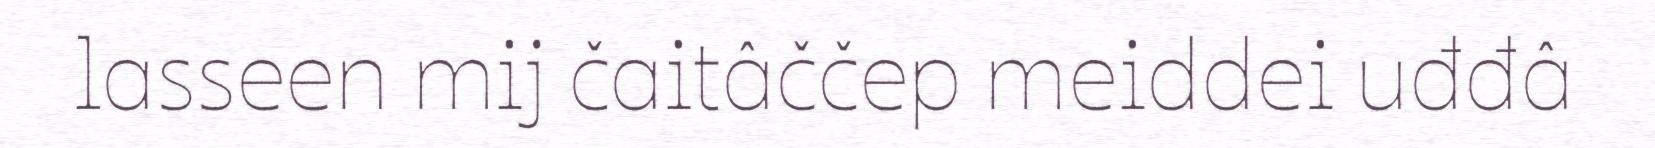
lasseen mij čaitâččep meiddei uđđâ